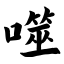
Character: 噬